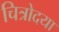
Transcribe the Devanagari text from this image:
चित्रोदया